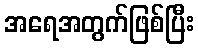
အရေအတွက်ဖြစ်ပြီး